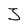
Character: J